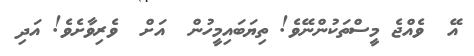
އޭ  ވެއްޖެ މީސްތަކުންނޭވެ! ތިޔަބައިމީހުން  އަށް  ވެރިވާށެވެ! އަދި